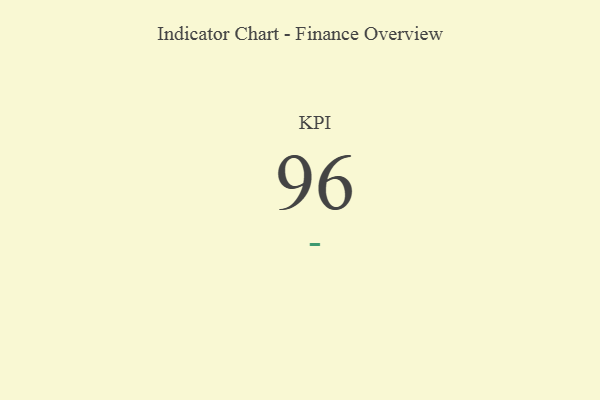
{"axis": {"x": "KPI", "y": "Value"}, "legend": [""], "data": [{"x": "KPI", "y": 96, "type": ""}]}